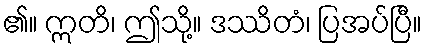
၏။ ဣတိ၊ ဤသို့။ ဒဿိတံ၊ ပြအပ်ပြီ။